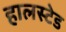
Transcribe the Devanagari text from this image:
हालस्टेड